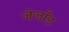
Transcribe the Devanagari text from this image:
जेजाँड